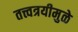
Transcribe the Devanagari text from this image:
तत्त्वत्रयीमुळे